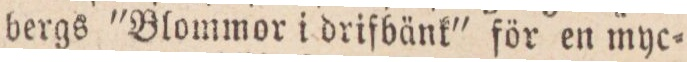
bergs ”Blommor i drifbänk” för en myc=